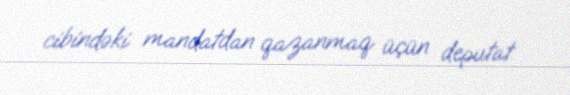
cibindəki mandatdan qazanmaq üçün deputat.